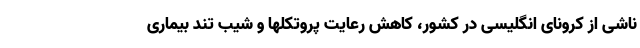
ناشی از کرونای انگلیسی در کشور، کاهش رعایت پروتکلها و شیب تند بیماری